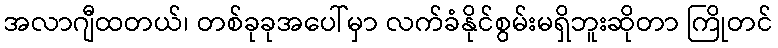
အလာဂျီထတယ်၊ တစ်ခုခုအပေါ်မှာ လက်ခံနိုင်စွမ်းမရှိဘူးဆိုတာ ကြိုတင်